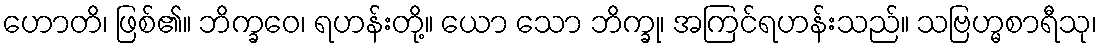
ဟောတိ၊ ဖြစ်၏။ ဘိက္ခဝေ၊ ရဟန်းတို့။ ယော သော ဘိက္ခု၊ အကြင်ရဟန်းသည်။ သဗြဟ္မစာရီသု၊